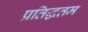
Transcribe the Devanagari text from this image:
प्रतिद्धतम